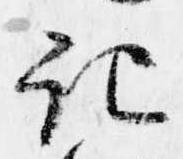
記